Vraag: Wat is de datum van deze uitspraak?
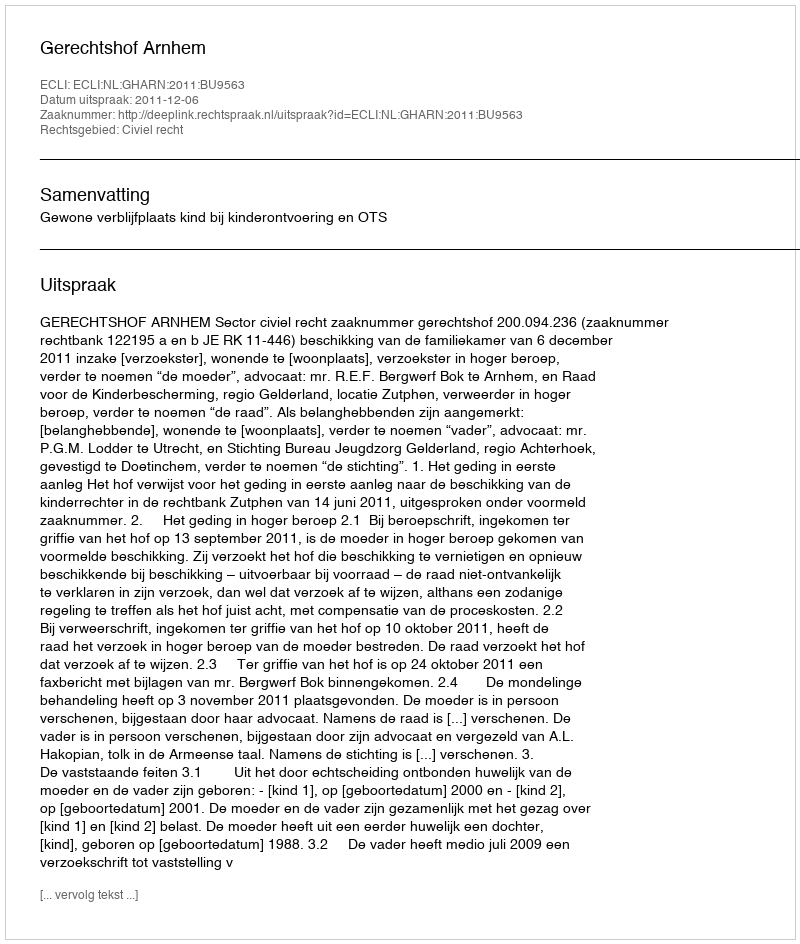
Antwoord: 2011-12-06